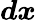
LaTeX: \boldsymbol{dx}